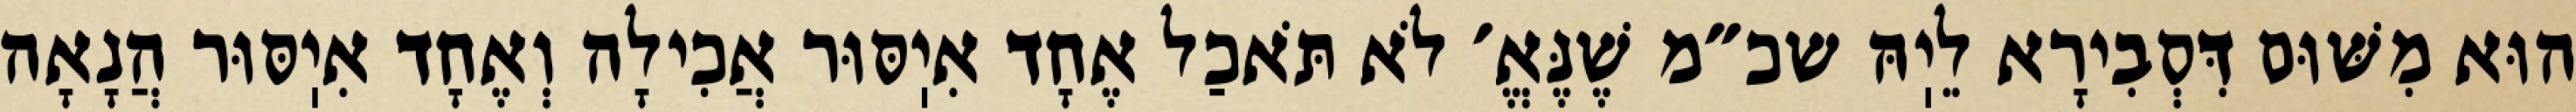
הוּא מִשּׁוּם דִּסְבִירָא לֵיֽהּ שכ״מ שֶׁנֶּאֱ׳ לֹא תֹּאכַל אֶחָד אִיֽסּוּר אֲכִילָה וְאֶחָד אִיֽסּוּר הֲנָאָה